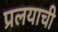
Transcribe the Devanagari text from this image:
प्रलयाची